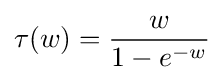
\tau (w)={\frac {w}{1-e^{-w}}}